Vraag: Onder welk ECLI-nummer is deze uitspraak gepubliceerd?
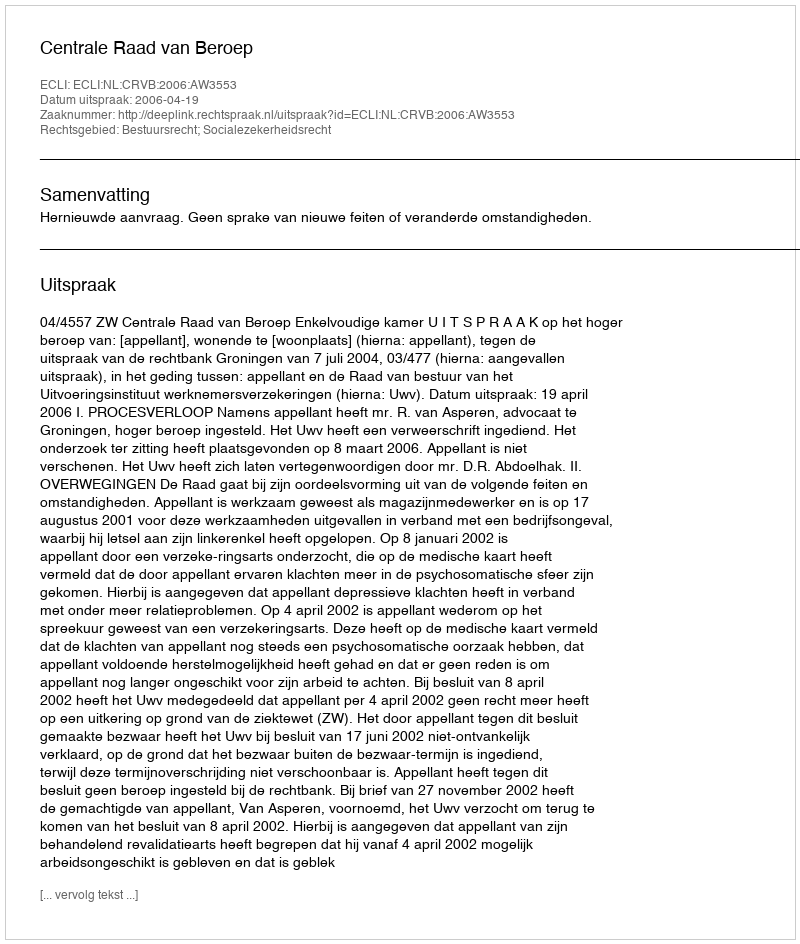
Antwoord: ECLI:NL:CRVB:2006:AW3553